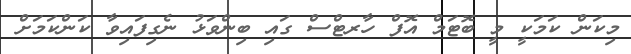
މިކަން ކަމަކީ މީ ބޮޓަމް އޮފް ހާރޓްސް ގައި ބިންވަޅު ނެގިފައިވާ ކަންކަމަށް